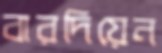
বারদিয়েন